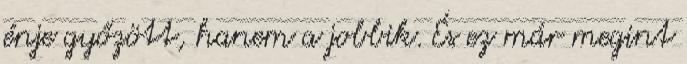
énje győzött, hanem a jobbik. És ez már megint